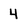
Character: 4